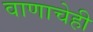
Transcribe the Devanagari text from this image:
वाणाचेही